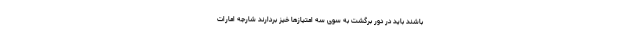
باشند باید در دور برگشت به سوی سه امتیازها خیز بردارند شارجه امارات